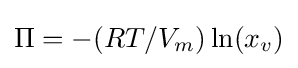
\Pi =-(RT/V_{m})\ln(x_{v})